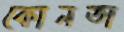
কোনতা